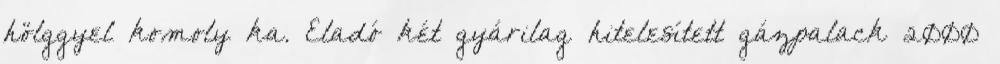
hölggyel komoly ka. Eladó két gyárilag hitelesített gázpalack 2000